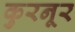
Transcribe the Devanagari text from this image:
कुरनूर